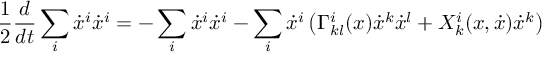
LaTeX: \frac { 1 } { 2 } \frac { d } { d t } \sum _ { i } \dot { x } ^ { i } \dot { x } ^ { i } = - \sum _ { i } \dot { x } ^ { i } \dot { x } ^ { i } - \sum _ { i } \dot { x } ^ { i } \left( \Gamma _ { k l } ^ { i } ( x ) \dot { x } ^ { k } \dot { x } ^ { l } + X _ { k } ^ { i } ( x , \dot { x } ) \dot { x } ^ { k } \right)